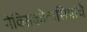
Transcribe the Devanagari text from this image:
मेक्सिकोवासियांचे